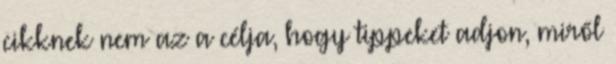
cikknek nem az a célja, hogy tippeket adjon, miről